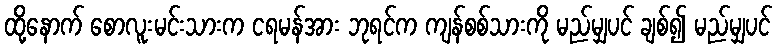
ထို့နောက် စောလူးမင်းသားက ငရမန်အား ဘုရင်က ကျန်စစ်သားကို မည်မျှပင် ချစ်၍ မည်မျှပင်